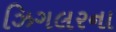
ઝિગલરના